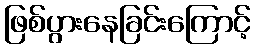
ဖြစ်ပွားနေခြင်းကြောင့်